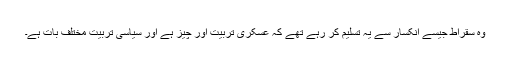
وہ سقراط جیسے انکسار سے یہ تسلیم کر رہے تھے کہ عسکری تربیت اور چیز ہے اور سیاسی تربیت مختلف بات ہے۔